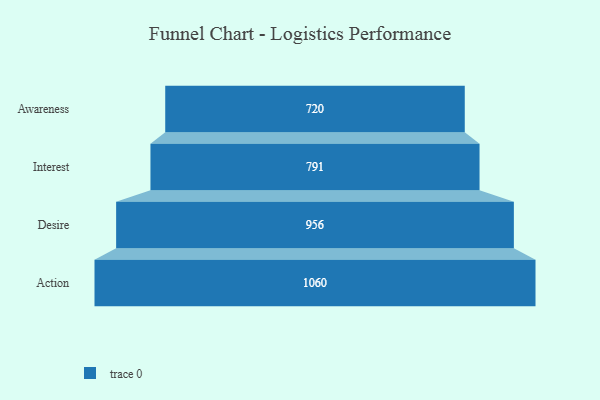
{"axis": {"x": "Stage", "y": "Value"}, "legend": [""], "data": [{"x": "Awareness", "y": 720.0, "type": ""}, {"x": "Interest", "y": 791.0, "type": ""}, {"x": "Desire", "y": 956.0, "type": ""}, {"x": "Action", "y": 1060.0, "type": ""}]}